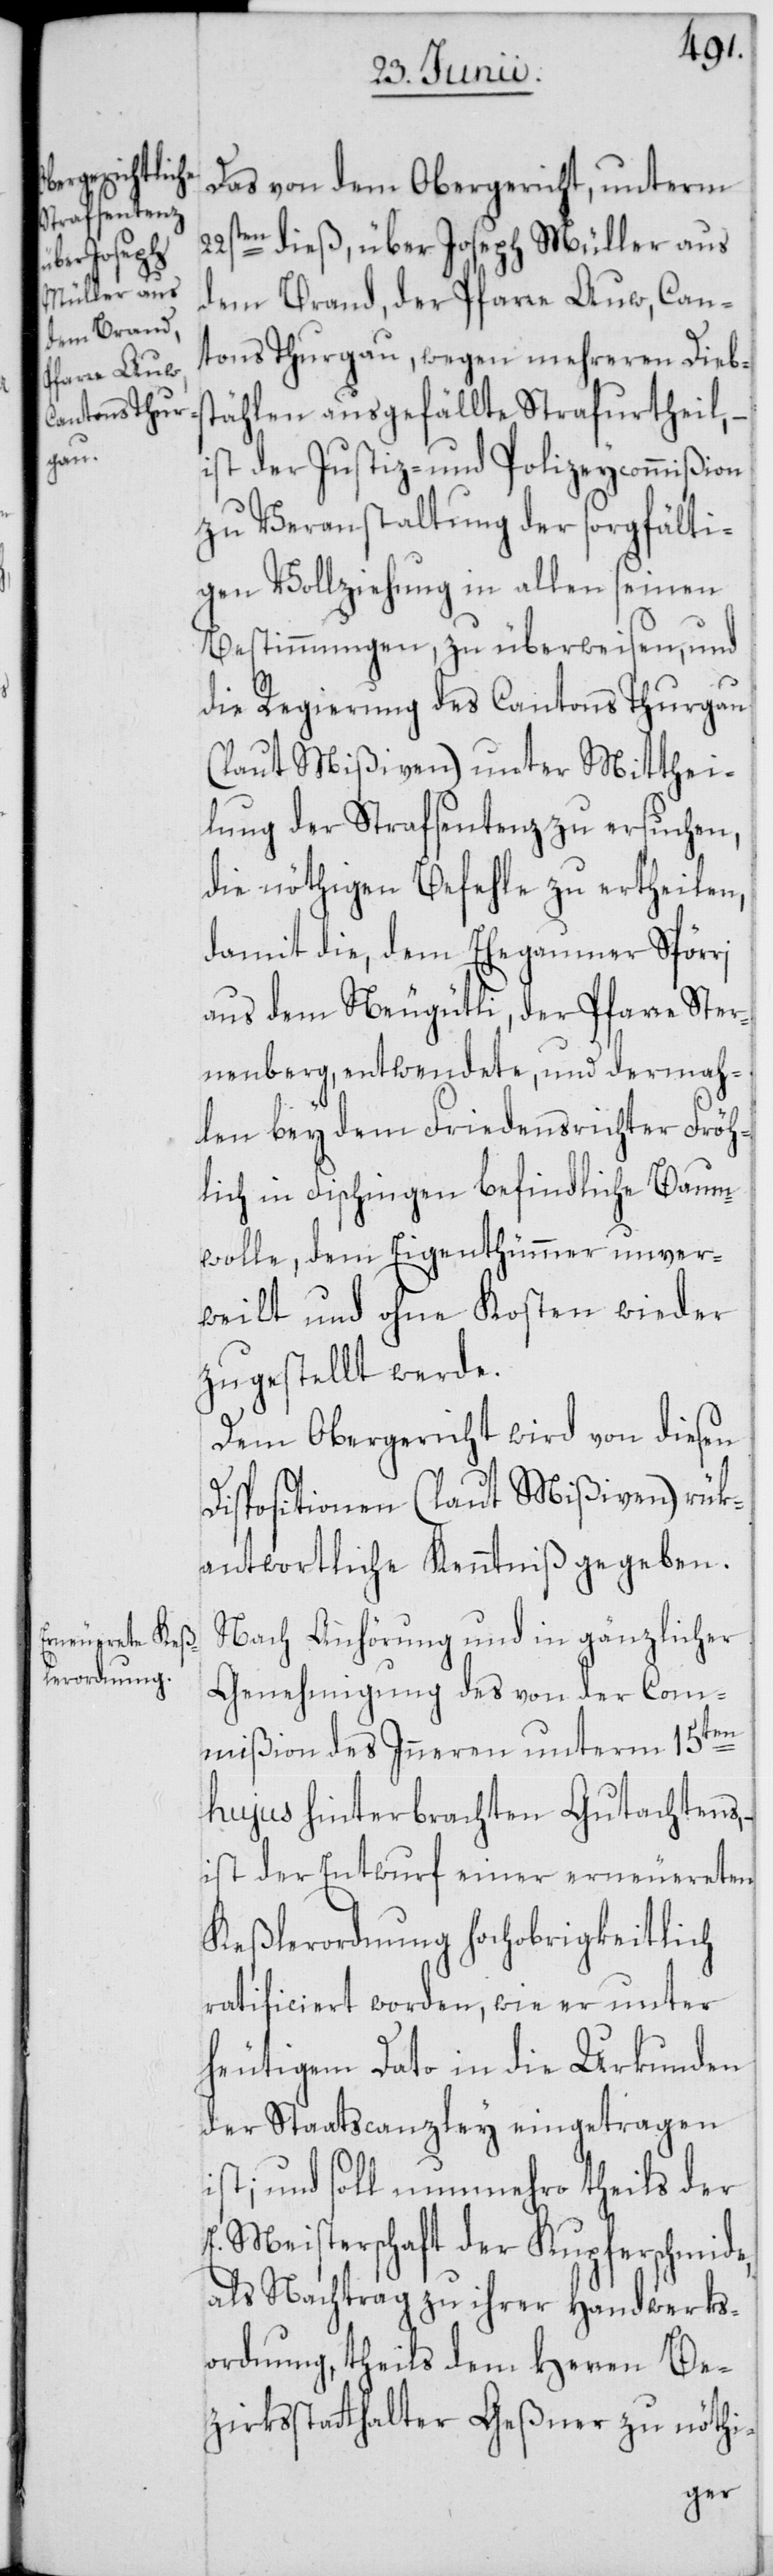
Das von dem Obergericht, unterm
22sten dieß, über Joseph Müller aus
dem Brand, der Pfarre Auw, Can¬
tons Thurgau, wegen mehreren Diebs¬
tählen ausgefällte Strafurtheil,
ist der Justiz- und Polizeycommißion
zu Veranstaltung der sorgfälti¬
gen Vollziehung in allen seinen
Bestimmungen, zu überweisen, und
die Regierung des Cantons Thurgau
(laut Mißiven) unter Mitthei¬
lung der Strafsentenz zu ersuchen,
die nöthigen Befehle zu ertheilen,
damit die, dem Ehegaumer Spörri
aus dem Neugütli, der Pfarre Ster¬
nenberg, entwendete, und dermah¬
len bey dem Friedensrichter Fröh¬
lich in Fischingen befindliche Baum¬
wolle, dem Eigenthümmer unver¬
weilt und ohne Kosten wieder
zugestellt werde.
Dem Obergericht wird von diesen
Dispositionen (laut Mißiven) rük¬
antwortliche Kenntniß gegeben.
Nach Anhörung und in gänzlicher
Genehmigung des von der Com¬
mißion des Inneren unterm 15ten
hujus hinterbrachten Gutachtens,
ist der Entwurf einer erneuereten
Keßlerordnung hochobrigkeitlich
ratificiert worden, wie er unter
heutigem Dato in die Urkunden
der Staatscanzley eingetragen
ist; und soll nunmehro theils der
E. Meisterschaft der Kupferschmide,
als Nachtrag zu ihrer Handwerks¬
ordnung, theils dem Herren Be¬
zirksstatthalter Geßner zu nöthi-